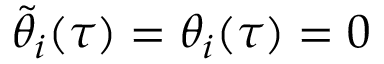
\tilde { \theta } _ { i } ( \tau ) = \theta _ { i } ( \tau ) = 0